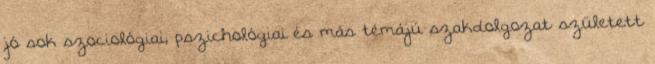
jó sok szociológiai, pszichológiai és más témájú szakdolgozat született